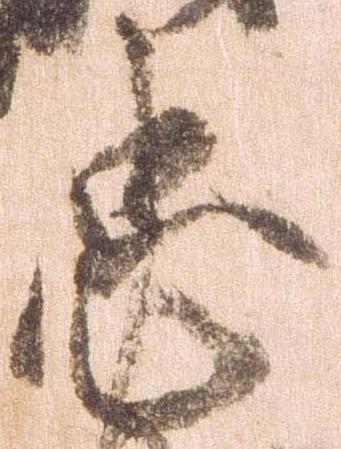
忠